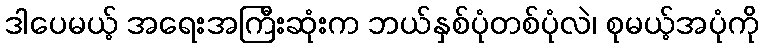
ဒါပေမယ့် အရေးအကြီးဆုံးက ဘယ်နှစ်ပုံတစ်ပုံလဲ၊ စုမယ့်အပုံကို